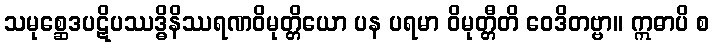
သမုစ္ဆေဒပဋိပဿဒ္ဓိနိဿရဏဝိမုတ္တိယော ပန ပရမာ ဝိမုတ္တီတိ ဝေဒိတဗ္ဗာ။ ဣဓာပိ စ